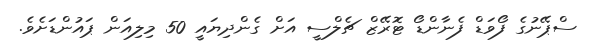
ސްޕޭނުގެ ފޯވަޑް ފެނާންޑޯ ޓޮރޭޒް ޗެލްސީ އަށް ގެންދިޔައީ 50 މިލިއަން ޕައުންޑަށެވެ.